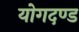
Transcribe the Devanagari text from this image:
योगदण्ड